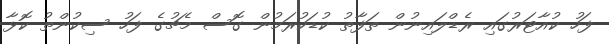
ފަހު ކުއާޓަރުގައި ރެޑްލައިނުން ތަފާތު ކުޑަކުރަމުން ގޮސް މެޗުގެ ފަހު ސިކުންތު ކޮޅާ